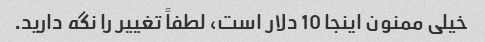
خیلی ممنون اینجا 10 دلار است، لطفاً تغییر را نگه دارید.